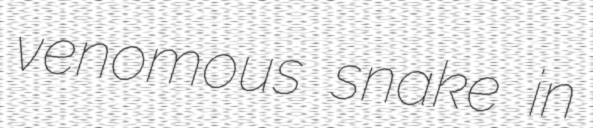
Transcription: venomous snake in